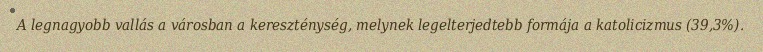
A legnagyobb vallás a városban a kereszténység, melynek legelterjedtebb formája a katolicizmus (39,3%).